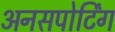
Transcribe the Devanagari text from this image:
अनसपोर्टिंग